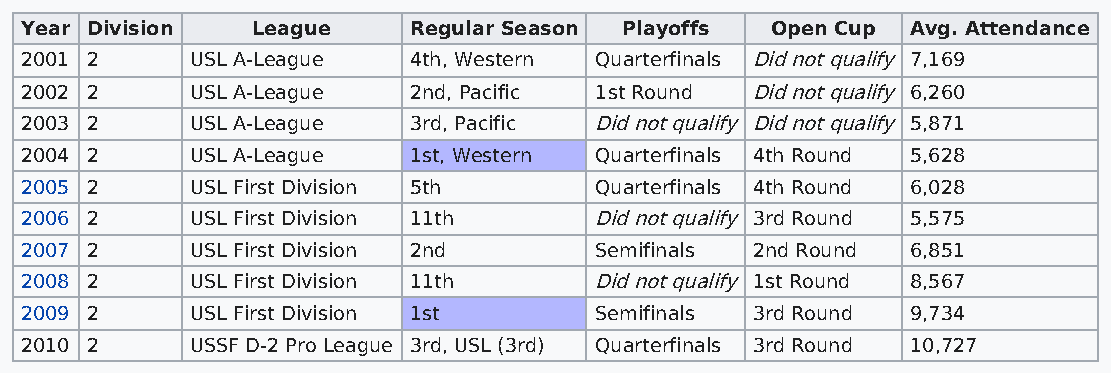
Year Division   League    Regular Season Playoffs Open Cup Avg. Attendance
 2001 2      USL A-League  4th, Western Quarterfinals Did not qualify 7,169
 2002 2      USL A-League  2nd, Pacific 1st Round Did not qualify 6,260
 2003 2      USL A-League  3rd, Pacific Did not qualify Did not qualify 5,871
 2004 2      USL A-League  1st, Western Quarterfinals 4th Round 5,628
 2005 2      USL First Division 5th    Quarterfinals 4th Round 6,028
 2006 2      USL First Division 11th   Did not qualify 3rd Round 5,575
 2007 2      USL First Division 2nd    Semifinals 2nd Round 6,851
 2008 2      USL First Division 11th   Did not qualify 1st Round 8,567
 2009 2      USL First Division 1st    Semifinals 3rd Round 9,734
 2010 2      USSF D-2 Pro League 3rd, USL (3rd) Quarterfinals 3rd Round 10,727